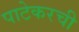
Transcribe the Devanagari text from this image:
पाटेकरची